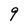
Character: 9